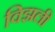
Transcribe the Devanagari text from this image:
विझली